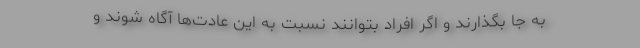
به جا بگذارند و اگر افراد بتوانند نسبت به این عادت‌ها آگاه شوند و